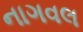
નાગવલ